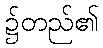
၌တည်၏